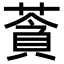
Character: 𦹳